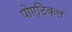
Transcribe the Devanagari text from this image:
पोएटिकल